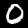
Label: 0